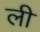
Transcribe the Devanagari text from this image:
ली